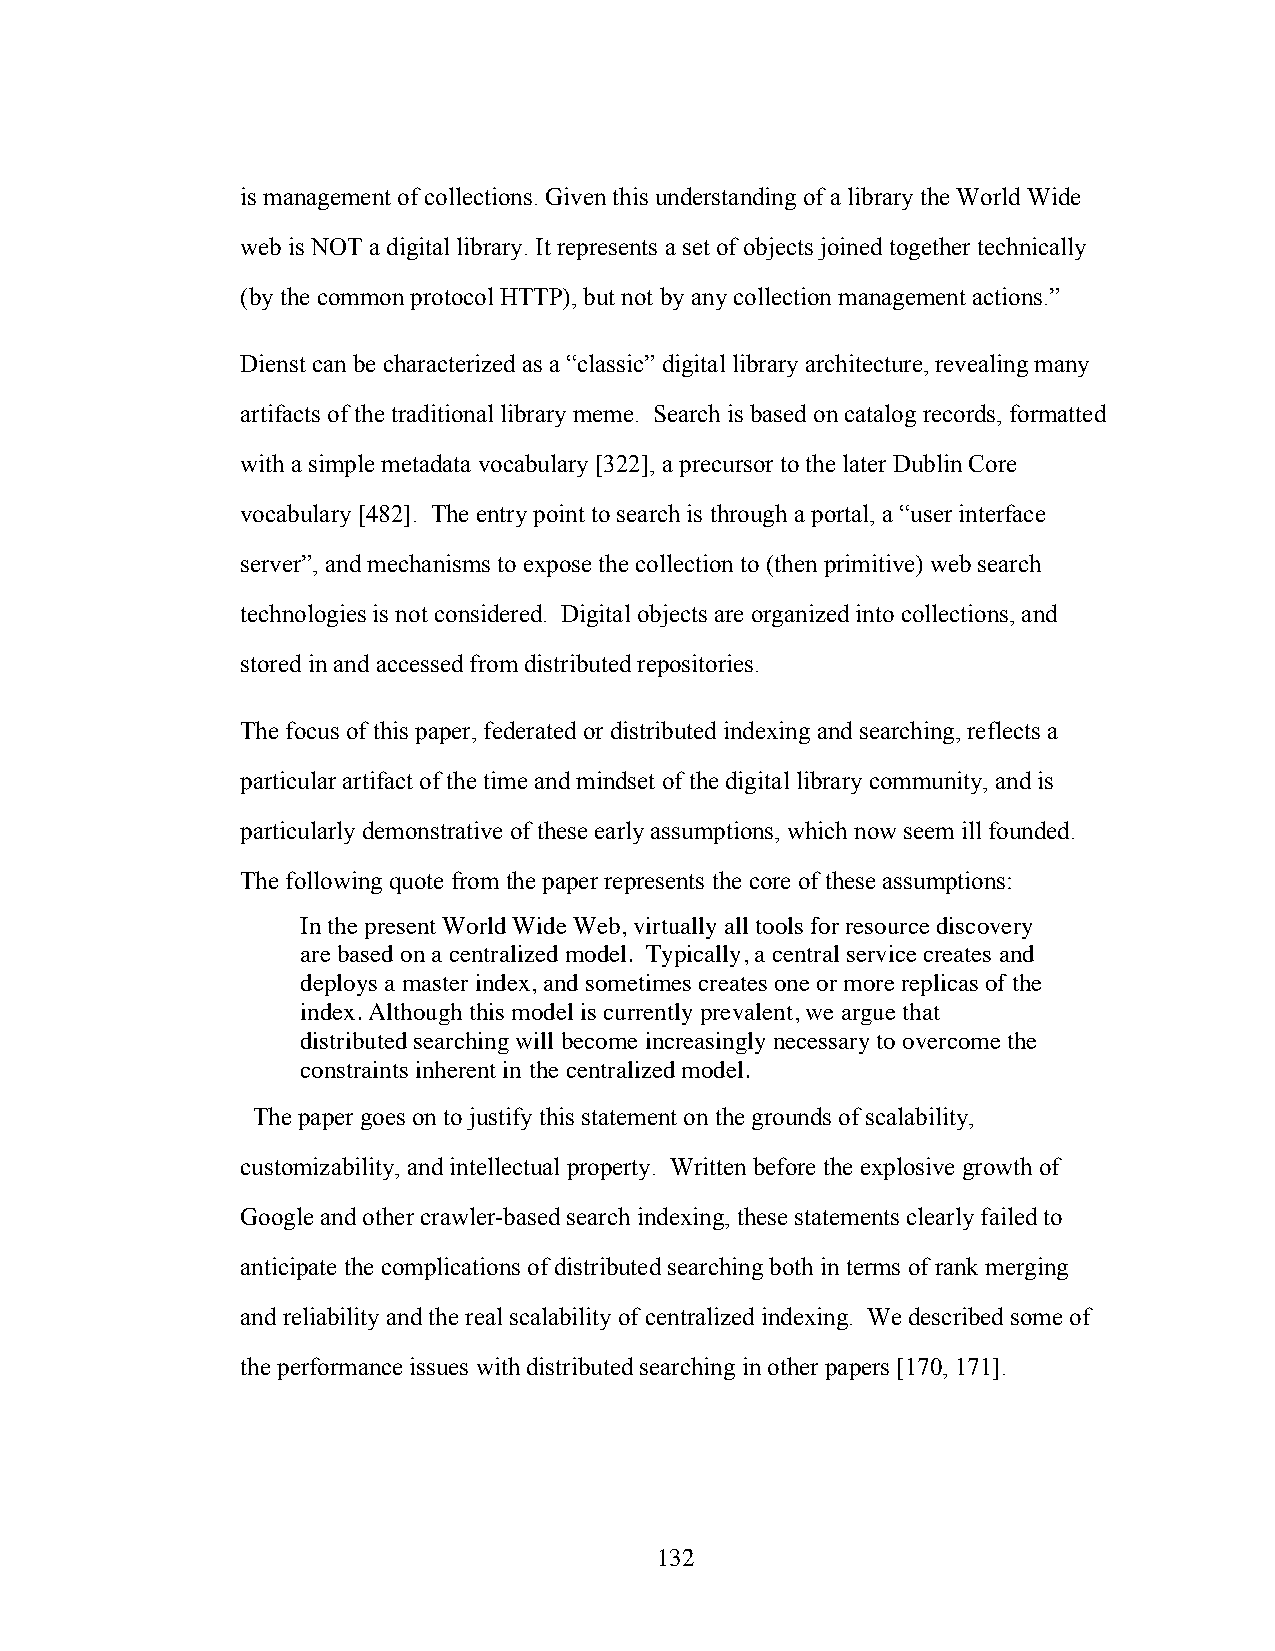
is management of collections. Given this understanding of a library the World Wide
 web is NOT a digital library. It represents a set of objects joined together technically
 (by the common protocol HTTP), but not by any collection management actions.”
 Dienst can be characterized as a “classic” digital library architecture, revealing many
 artifacts of the traditional library meme. Search is based on catalog records, formatted
 with a simple metadata vocabulary [322], a precursor to the later Dublin Core
 vocabulary [482]. The entry point to search is through a portal, a “user interface
 server”, and mechanisms to expose the collection to (then primitive) web search
 technologies is not considered. Digital objects are organized into collections, and
 stored in and accessed from distributed repositories.
 The focus of this paper, federated or distributed indexing and searching, reflects a
 particular artifact of the time and mindset of the digital library community, and is
 particularly demonstrative of these early assumptions, which now seem ill founded.
 The following quote from the paper represents the core of these assumptions:
 In the present World Wide Web, virtually all tools for resource discovery
 are based on a centralized model. Typically, a central service creates and
 deploys a master index, and sometimes creates one or more replicas of the
 index. Although this model is currently prevalent, we argue that
 distributed searching will become increasingly necessary to overcome the
 constraints inherent in the centralized model.
 The paper goes on to justify this statement on the grounds of scalability,
 customizability, and intellectual property. Written before the explosive growth of
 Google and other crawler-based search indexing, these statements clearly failed to
 anticipate the complications of distributed searching both in terms of rank merging
 and reliability and the real scalability of centralized indexing. We described some of
 the performance issues with distributed searching in other papers [170, 171].
 132